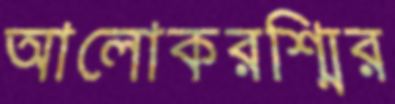
আলোকরশ্মির